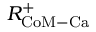
R _ { \mathrm { C o M - C a } } ^ { + }